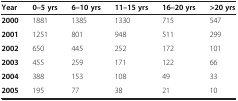
<table><thead><tr><td><b>Year</b></td><td><b>0–5 yrs</b></td><td><b>6–10 yrs</b></td><td><b>11–15 yrs</b></td><td><b>16–20 yrs</b></td><td><b>&gt;20 yrs</b></td></tr></thead><tbody><tr><td><b>2000</b></td><td>1881</td><td>1385</td><td>1330</td><td>715</td><td>547</td></tr><tr><td><b>2001</b></td><td>1251</td><td>801</td><td>948</td><td>511</td><td>299</td></tr><tr><td><b>2002</b></td><td>650</td><td>445</td><td>252</td><td>172</td><td>101</td></tr><tr><td><b>2003</b></td><td>455</td><td>259</td><td>171</td><td>122</td><td>66</td></tr><tr><td><b>2004</b></td><td>388</td><td>153</td><td>108</td><td>49</td><td>33</td></tr><tr><td><b>2005</b></td><td>195</td><td>77</td><td>38</td><td>21</td><td>10</td></tr></tbody></table>